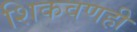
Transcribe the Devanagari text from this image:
शिकवणही